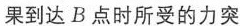
果到达 B 点时所受的力突